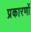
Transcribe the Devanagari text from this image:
प्रकारणों